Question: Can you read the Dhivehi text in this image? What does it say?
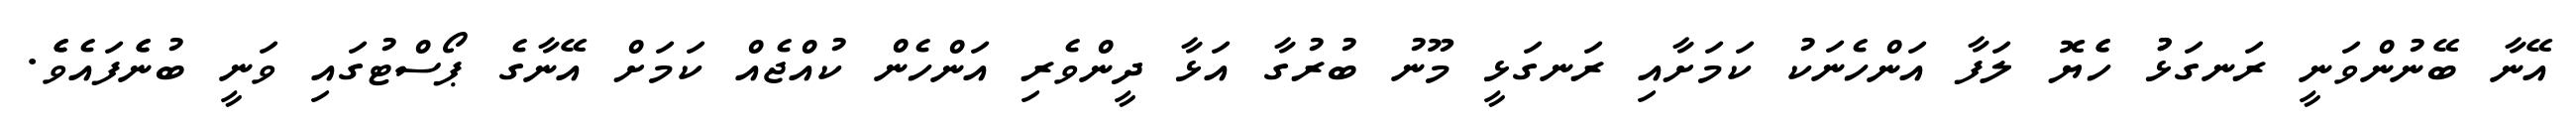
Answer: އޭނާ ބޭނުންވަނީ ރަނގަޅުު ހެެޔޮ ލަފާ އަންހެނަކު ކަމަށާއި ރަނގަޅީ މޫނު ބުރުގާ އަޅާ ދީންވެރި އަންހެން ކުއްޖެއް ކަމަށް އޭނާގެ ޕޯސްޓުގައި ވަނީ ބުނެެފައެވެެ.